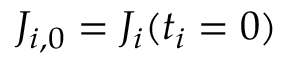
J _ { i , 0 } = J _ { i } ( t _ { i } = 0 )